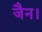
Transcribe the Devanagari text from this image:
जैन।